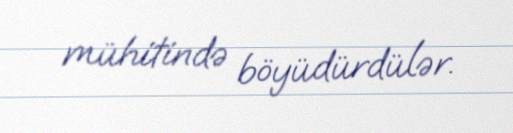
mühitində böyüdürdülər.